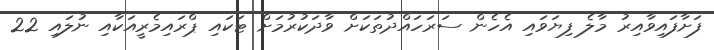
ފަށާފައިވާއިރު މާލެ ފިޔަވައި އެހެން ސަރަހައްދުތަކަށް ވާދަކުރުމަށް ޓަކައި ޕްރައިމެރީއަކާއި ނުލައި 22